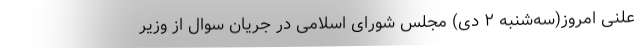
علنی امروز(سه‌شنبه ۲ دی) مجلس شورای اسلامی در جریان سوال از وزیر